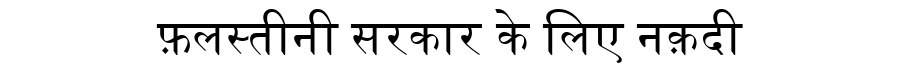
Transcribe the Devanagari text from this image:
फ़लस्तीनी सरकार के लिए नक़दी